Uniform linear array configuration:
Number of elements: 16
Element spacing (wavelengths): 0.5
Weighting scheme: binomial
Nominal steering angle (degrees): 45
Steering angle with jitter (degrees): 45.519
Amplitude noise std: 0.05
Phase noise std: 0.05

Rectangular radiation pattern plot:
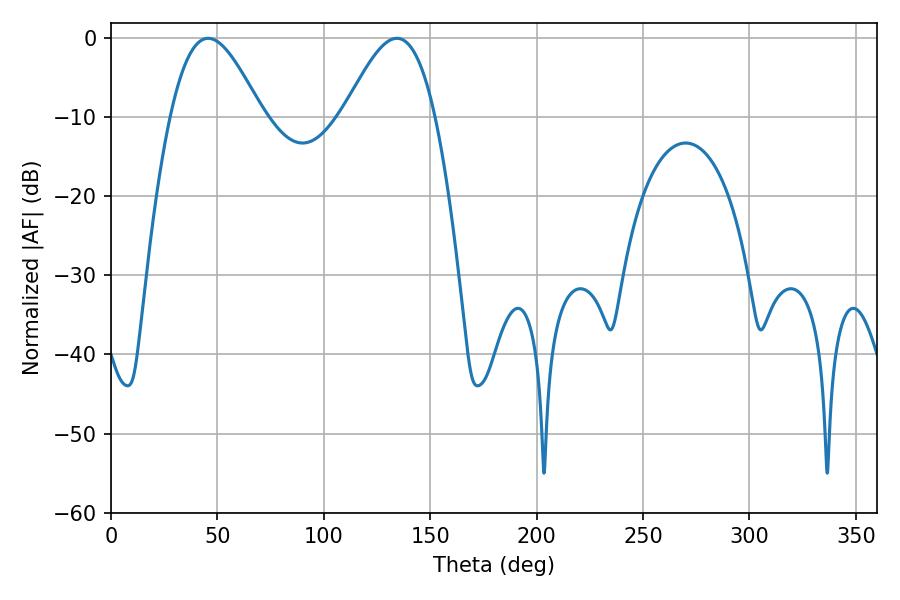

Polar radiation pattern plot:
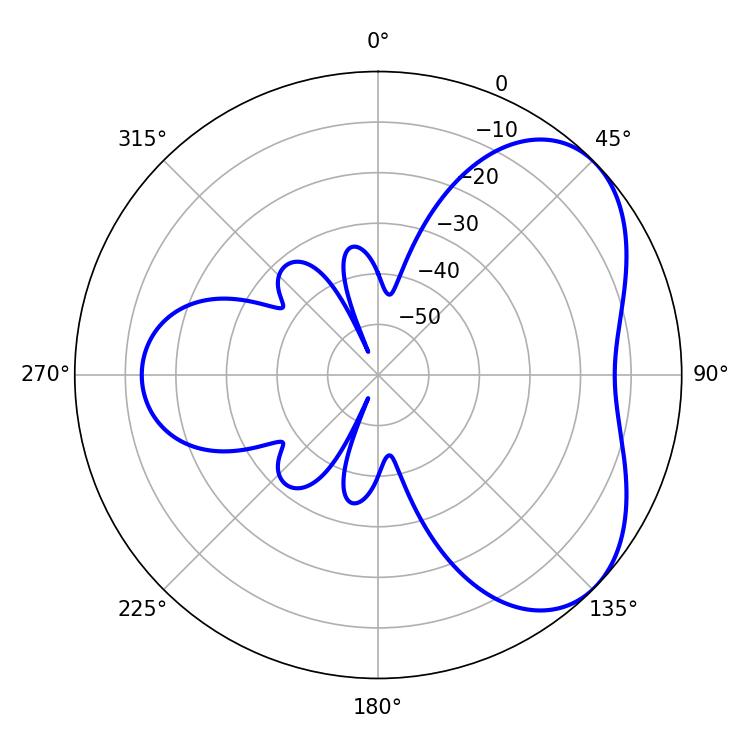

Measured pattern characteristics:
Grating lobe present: FALSE
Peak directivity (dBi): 4.88
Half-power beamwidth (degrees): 23.22
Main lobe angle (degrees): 45.72